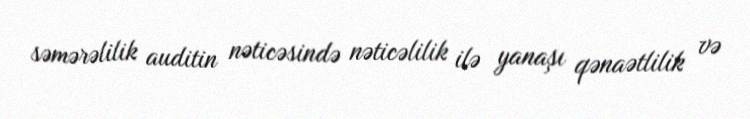
səmərəlilik auditin nəticəsində nəticəlilik ilə yanaşı qənaətlilik və